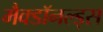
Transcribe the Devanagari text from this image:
मैक्डॉनल्ड्स